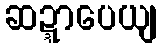
ဆဍ္ဍာပေယျ